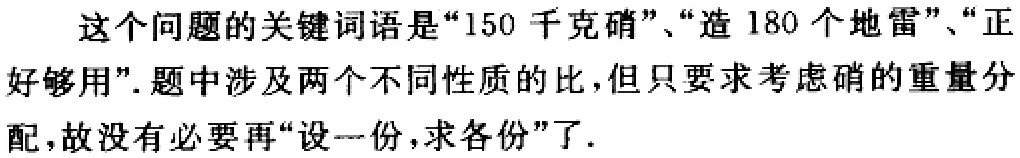
这个问题的关键词语是“150 千克硝”、“造 180 个地雷”、“正
好够用”. 题中涉及两个不同性质的比, 但只要求考虑硝的重量分
配, 故没有必要再“设一份, 求各份”了.